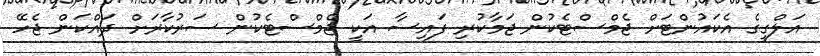
އަލްގީގެ އެކައުންޓަށް ޖެމްސްޓެކުން ޖަމާކުރި ފައިސާ އަކީ ޖެމްސްޓެކުން ސަރުކާރަށް ދައްކަން ޖެހޭ